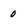
Character: 0